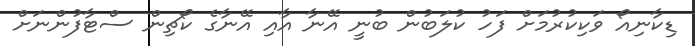
ޑިކާނިއޯ ވަކިކުރުމަށް ފަހު ކުލަބުން ބުނީ އޭނާ އާއި އޭނާގެ ކޯޗިން ސްޓާފުންނަށް